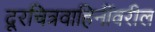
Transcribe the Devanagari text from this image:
दूरचित्रवाहिनींवरील